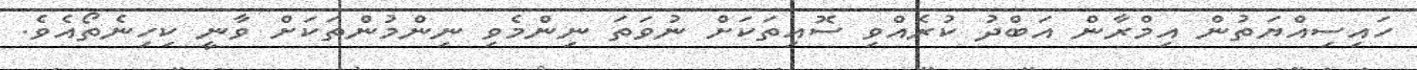
ހައިސިއްޔަތުން އިމްރާން އަބްދު ކުރެއްވި ސޮއިތަކަށް ނުވަތަ ނިންމެވި ނިންމުންތަކަށް ވާނީ ކިހިނެތޯއެވެ.